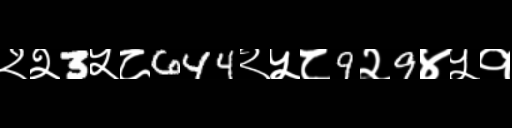
Text: २२3५८644२५८9२9४५१